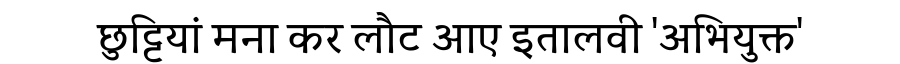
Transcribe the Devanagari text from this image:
छुट्टियां मना कर लौट आए इतालवी 'अभियुक्त'